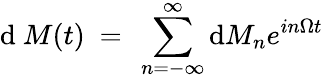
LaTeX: \mathrm{d}~M(t)~=~\sum_{n=-\infty}^{\infty}\mathrm{d}M_{n}e^{in\Omega t}